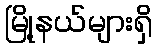
မြို့နယ်များရှိ